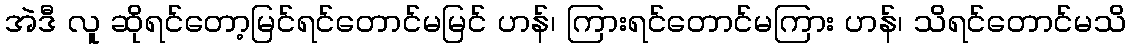
အဲဒီ လူ ဆိုရင်တော့မြင်ရင်တောင်မမြင် ဟန်၊ ကြားရင်တောင်မကြား ဟန်၊ သိရင်တောင်မသိ